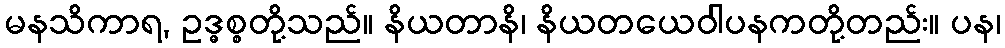
မနသိကာရ, ဥဒ္ဓစ္စတို့သည်။ နိယတာနိ၊ နိယတယေဝါပနကတို့တည်း။ ပန၊